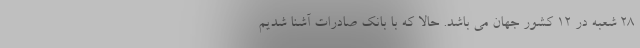
28 شعبه در 12 کشور جهان می باشد. حالا که با بانک صادرات آشنا شدیم